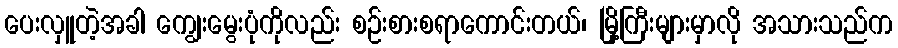
ပေးလှူတဲ့အခါ ကျွေးမွေးပုံကိုလည်း စဉ်းစားစရာကောင်းတယ်၊ မြို့ကြီးများမှာလို အသားသည်က